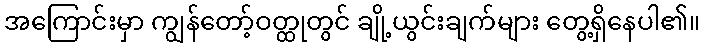
အကြောင်းမှာ ကျွန်တော့်ဝတ္ထုတွင် ချို့ယွင်းချက်များ တွေ့ရှိနေပါ၏။